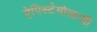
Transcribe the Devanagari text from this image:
ऐपिस्टेमोलाजी